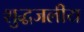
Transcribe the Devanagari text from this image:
शुद्धजलीय